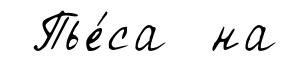
Пье́са на